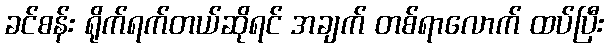
ခင်စန်း ရိုက်ရက်တယ်ဆိုရင် အချက် တစ်ရာလောက် ထပ်ပြီး